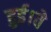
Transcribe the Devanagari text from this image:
हुई।वे